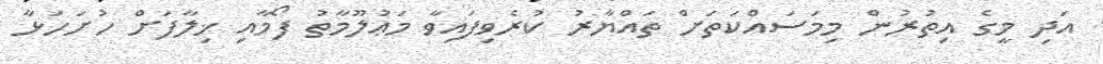
އަދި މީގެ އިތުރުން މިމަސައްކަތަށް ތައްޔާރު ކުރެވިފައިވާ މަޢުލޫމާތު ފޯމާއި ޚިލާފަށް ހުށަހަޅާ